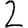
Digit: 2